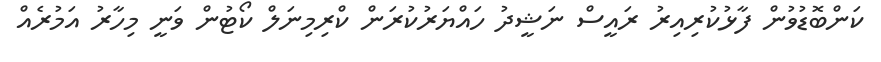
ކަންބޮޑުވުން ފާޅުކުރިއިރު ރައީސް ނަޝީދު ހައްޔަރުކުރަން ކްރިމިނަލް ކޯޓުން ވަނީ މިހާރު އަމުރެއް